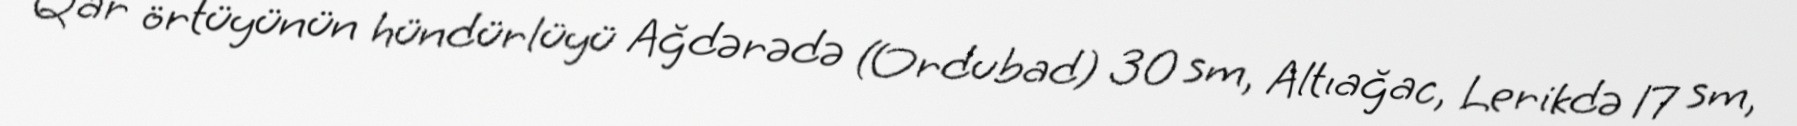
Qar örtüyünün hündürlüyü Ağdərədə (Ordubad) 30 sm, Altıağac, Lerikdə 17 sm,